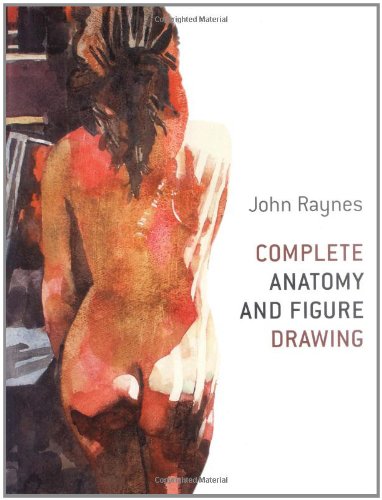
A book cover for Complete Anatomy and Figure Drawing; John Raynes; Arts & Photography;